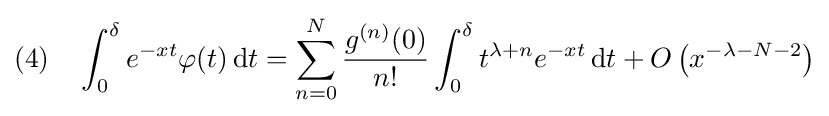
(4)\quad \int _{0}^{\delta }e^{-xt}\varphi (t)\,\mathrm {d} t=\sum _{n=0}^{N}{\frac {g^{(n)}(0)}{n!}}\int _{0}^{\delta }t^{\lambda +n}e^{-xt}\,\mathrm {d} t+O\left(x^{-\lambda -N-2}\right)